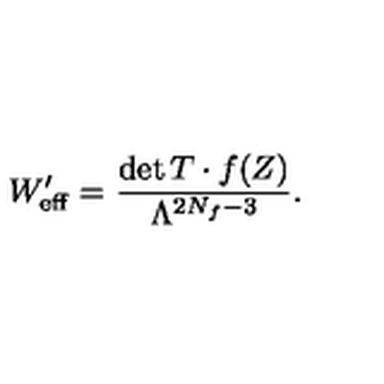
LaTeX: W _ { \mathrm { e f f } } ^ { \prime } = \frac { \det T \cdot f ( Z ) } { \Lambda ^ { 2 N _ { f } - 3 } } .